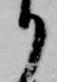
り